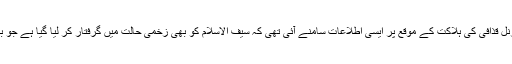
لیبیا کے سابق رہنما کرنل قذافی کی ہلاکت کے موقع پر ایسی اطلاعات سامنے آئی تھی کہ سیف الاسلام کو بھی زخمی حالت میں گرفتار کر لیا گیا ہے جو بعد میں غلط ثابت ہوئیں۔